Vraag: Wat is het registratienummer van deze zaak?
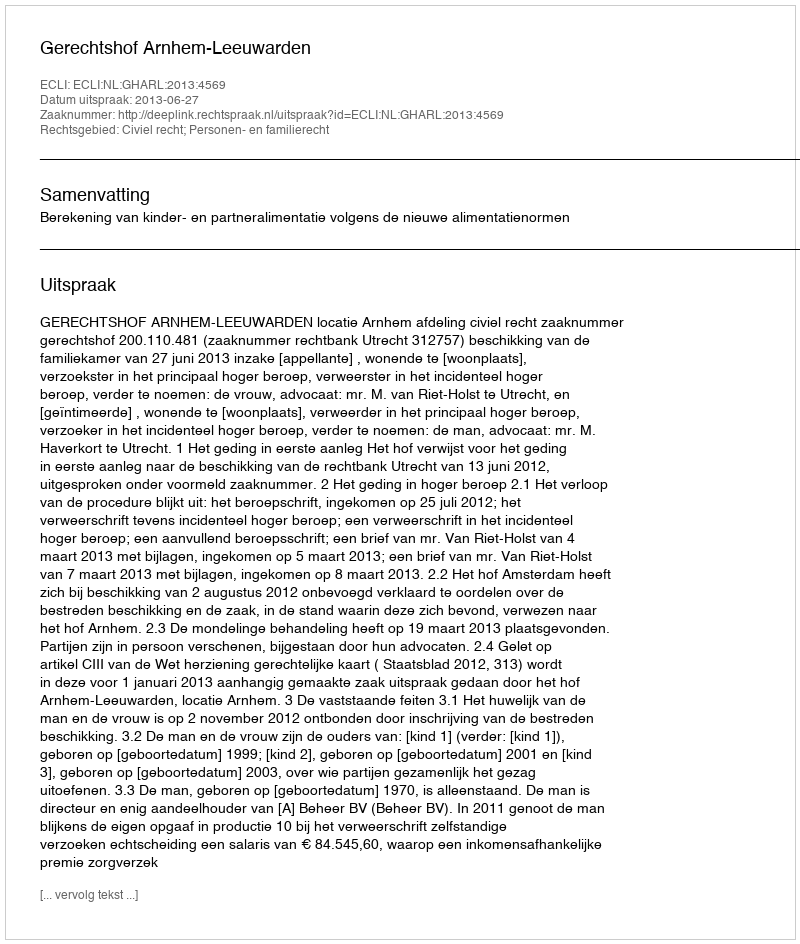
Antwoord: http://deeplink.rechtspraak.nl/uitspraak?id=ECLI:NL:GHARL:2013:4569